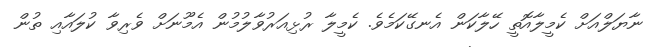
ނާޔަލްއަށް ކެމީލާއޮތީ ހޭލާކަން އެނގޭކަމެވެ. ކެމީލާ ރުޅިއަރުވާލުމުން އެމޫނަށް ވެރިވާ ކުލައާއި ތުން